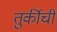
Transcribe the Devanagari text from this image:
तुर्कीची